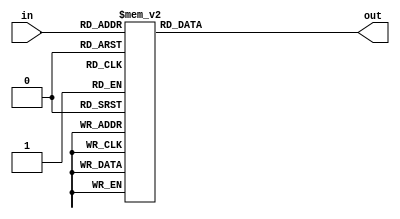
module seven_segment_decoder(in,out);
input [3:0]in;
output reg [6:0]out;
always @(in)
	case(in)
		0:out=7'b100_0000;
		1:out=7'b111_1011;
		2:out=7'b010_0100;
		3:out=7'b011_0000;
		4:out=7'b001_1001;
		5:out=7'b001_0010;
		6:out=7'b000_0010;
		7:out=7'b111_1000;
		8:out=7'b000_0000;
		9:out=7'b001_0000;
		default:out={7{1'b1}};
	endcase
endmodule